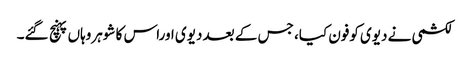
لکشمی نے دیوی کوفون کیا، جس کے بعد دیوی اوراس کا شوہروہاں پہنچ گئے۔